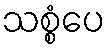
သစ္စံပေ